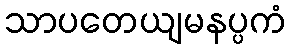
သာပတေယျမနပ္ပကံ